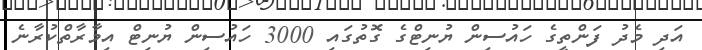
އަދި މެދު ފަންތީގެ ހައުސިން ޔުނިޓްގެ ގޮތުގައި 3000 ހައުސިން ޔުނިޓް އިމާރާތްކުރާނެ